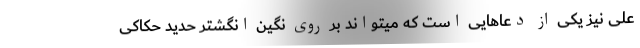
علی نیز یکی از دعاهایی است که میتواند بر روی نگین انگشتر حدید حکاکی